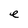
Character: e